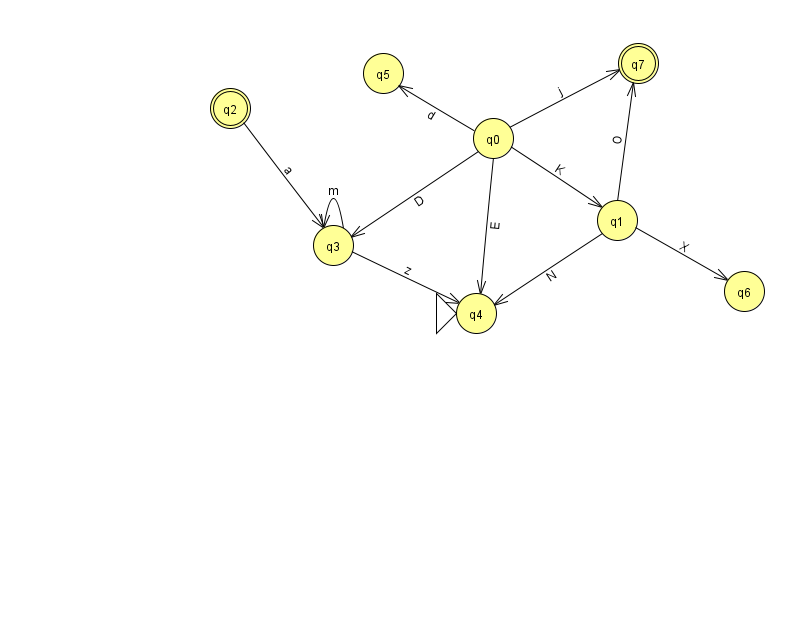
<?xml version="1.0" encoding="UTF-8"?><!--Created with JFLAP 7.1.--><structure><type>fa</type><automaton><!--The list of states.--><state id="0" name="q0"><x>493.0</x><y>125.0</y></state><state id="1" name="q1"><x>617.0</x><y>207.0</y></state><state id="2" name="q2"><x>230.0</x><y>95.0</y><final/></state><state id="3" name="q3"><x>333.0</x><y>232.0</y></state><state id="4" name="q4"><x>476.0</x><y>300.0</y><initial/></state><state id="5" name="q5"><x>383.0</x><y>60.0</y></state><state id="6" name="q6"><x>744.0</x><y>278.0</y></state><state id="7" name="q7"><x>638.0</x><y>50.0</y><final/></state><!--The list of transitions.--><transition><from>0</from><to>5</to><read>d</read></transition><transition><from>0</from><to>7</to><read>j</read></transition><transition><from>0</from><to>3</to><read>D</read></transition><transition><from>3</from><to>4</to><read>z</read></transition><transition><from>0</from><to>1</to><read>K</read></transition><transition><from>2</from><to>3</to><read>a</read></transition><transition><from>0</from><to>4</to><read>E</read></transition><transition><from>1</from><to>7</to><read>O</read></transition><transition><from>1</from><to>6</to><read>X</read></transition><transition><from>3</from><to>3</to><read>m</read></transition><transition><from>1</from><to>4</to><read>N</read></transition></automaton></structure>